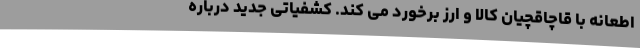
اطعانه با قاچاقچیان کالا و ارز برخورد می کند. کشفیاتی جدید درباره